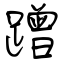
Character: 蹭